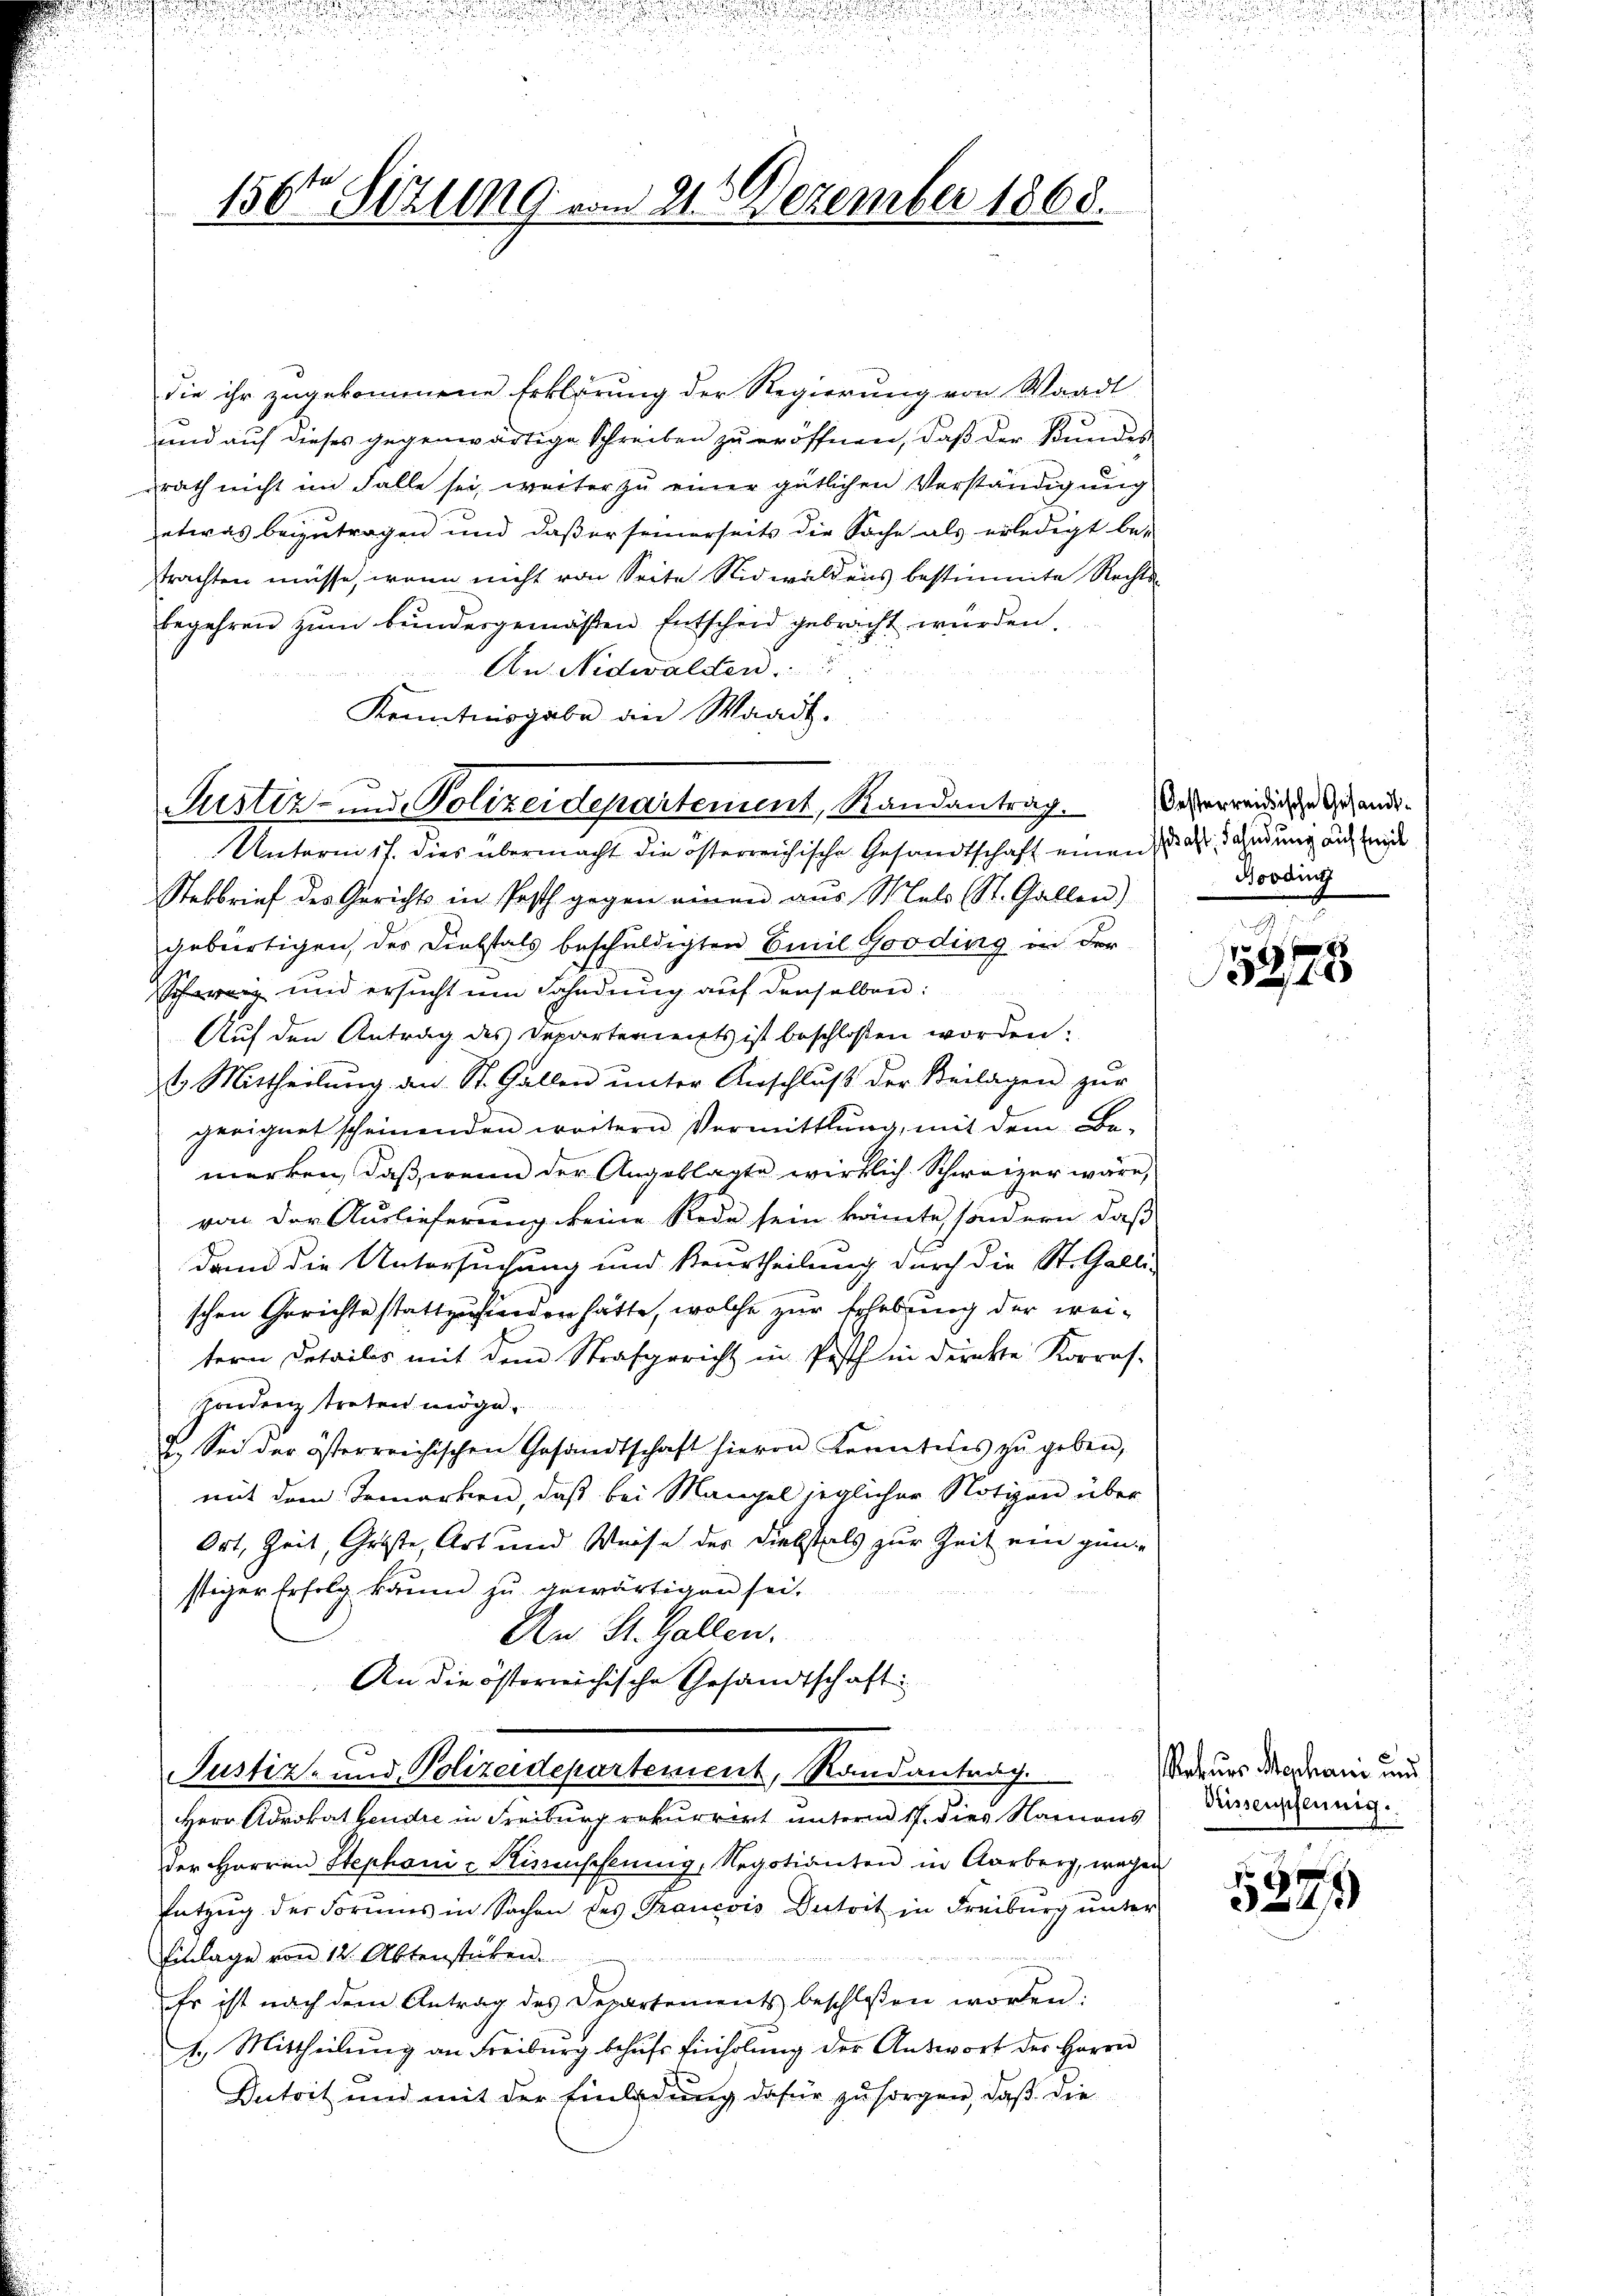
u

156ten Sizung vom 21. Dezember 1868.

die ihr zugekommene Erklärung der Regierung von Waadt
und auf dieses gegenwärtige Schreiben zu eröffnen, daß der Kundes
drath nicht im Falle sei, weiter zu einer gütlichen Verständigung
etwas beizutragen und daß er seinerseits die Sache als erledigt be-
trachten müsse, wenn nicht von Seite Nidwaldens bestimmte Rechtsbegehren zŭm Bŭndesgemäßen Entscheid gebracht würden.
An Nidwalden.
Kenntnisgabe an Waadt.
Justiz- und Polizeidepartement, Randantrag. Deserwendige Gesandt¬
Unterm 17. dies übermacht die österreichische Gesandtschaft einen als Fahndung auch beide
Stebrief des Gerichts in Post gegen einen aus Mals St. Gallen)
gebürtigen, der Diebstals beschuldigten Emil Gooding in der
Schweiz und ersucht um Fahndung auf denselben:
Auf den Antrag des Departements ist beschlossen worden:
t. Mittheilŭng an St. Gallen ŭnter Anschlŭβ der Beilagen zŭr
geeignet scheinenden wörtern Vermittlung, mit dem Be-
merken, daß, wenn der Angeklagte wirklich Schweizer wäre,
von der Auslieferung keine Rede sein könnte, sondern, daß
dann die Untersuchung und Beurtheilung durch die St. Galli-
schen Gerichte stattzufinden hätte, welche zur Erhebung der weitern Detailis mit dem Strafgericht in Pesth in direkte Korres.
Zondenz treten möge.
2. Sei der österreichischen Gesandtschaft hievon Konntesis zŭ geben,
mit dem Bemerken, daß bei Mangel jeglicher Notizen über
Ort, Zeit, Große, Art und Weise des Diebstals zur Zeit ein gün
stiger Erfolg kaum zu gewärtigen sei.
An St. Gallen.
An die österreichische Gesandtschaft
B ge

Herr Advokat Hendre in Freiburg rekurrirt unterm 17. dies Namens
der Herren Stephoni -Kinenscheung, Regotianten in Aarberg, wegen
Entzug der Forums in Sachen des Trancois Dutrit in Freiburg unter
Einlage von 12 Aktenstuben.
Er ist nach dem Antrag des Departements beschlossen worden:
1.) Mittheilŭng an Freiburg behŭfs Einholŭng der Antwort der Herrn
Dutrit und mit der Einladung dafür zu sorgen, daß die

Justiz- und Polizeidepartement, Randantrag.

Booding

150
4

atuer Mechani und
Dissenpfennig.

5379